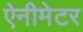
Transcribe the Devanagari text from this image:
ऐनीमेटर